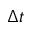
{ \mit \Delta } t